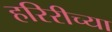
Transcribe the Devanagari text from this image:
हरिरीच्या